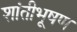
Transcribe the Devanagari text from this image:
शांतीभूषण